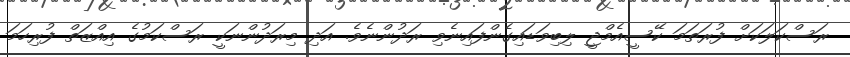
ރަސްކަލަކަށް ފުރަތަމަ ކޭސީއެމްޖީ ލިބިވަޑައިގެންފައިނެވި ރަދުންނެވެ. އަދި މިރަދުންނަކީ ރަސްކަމުގެ އިއްޒަތް ފުރިހަމަ